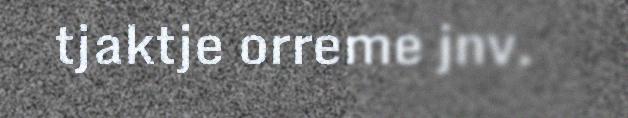
tjaktje orreme jnv.